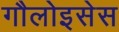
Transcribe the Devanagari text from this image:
गौलोइसेस